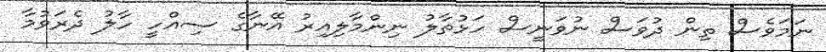
ނަމަވެސް ތިން ދުވަސް ނުވަނީސް ހަޅުތާލު ނިންމާލިއިރު އޭނާގެ ސިއްހީ ހާލު ދެރަވުމާ